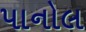
પાનોલ